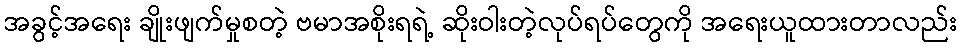
အခွင့်အရေး ချိုးဖျက်မှုစတဲ့ ဗမာအစိုးရရဲ့ ဆိုးဝါးတဲ့လုပ်ရပ်တွေကို အရေးယူထားတာလည်း